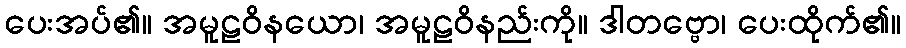
ပေးအပ်၏။ အမူဠဝိနယော၊ အမူဠဝိနည်းကို။ ဒါတဗ္ဗော၊ ပေးထိုက်၏။